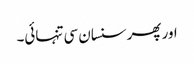
اور پھر سنسان سی تنہائی۔